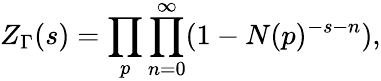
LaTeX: Z_{\Gamma}(s)=\prod_{p}\prod_{n=0}^{\infty}(1-N(p)^{-s-n}),